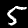
Label: 5